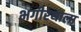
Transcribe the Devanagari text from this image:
भगीरथाला